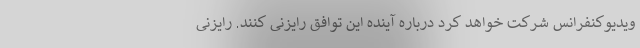
ویدیوکنفرانس شرکت خواهد کرد درباره آینده این توافق رایزنی کنند. رایزنی